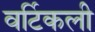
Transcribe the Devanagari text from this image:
वर्टिकली